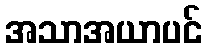
အသာအယာပင်